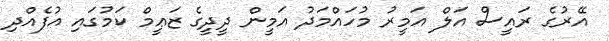
އޭރުގެ ރައީސް އަލް އަމީރު މުހައްމަދު އަމީން ދީދީގެ ޒަޢީމް ކަމުގައި އުފެއްދި